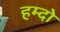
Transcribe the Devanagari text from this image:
हम्दो